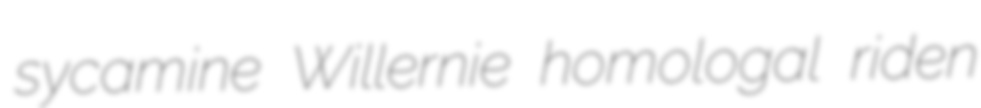
sycamine Willernie homologal riden